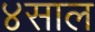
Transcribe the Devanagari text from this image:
४साल